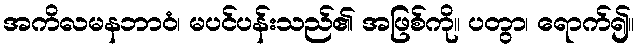
အကိလမနဘာဝံ၊ မပင်ပန်းသည်၏ အဖြစ်ကို။ ပတွာ၊ ရောက်၍။